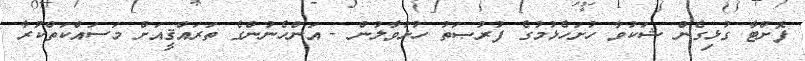
ފޮށްޓާ ގުޅިގެން ޝަކުވާ ހުށަހެޅުމުގެ ފުރުޞަތު ހުޅުވާލުން - އަންހެނުންގެ ތަރައްޤީއަށް މަސައްކަތްކުރާ